Annual report on the lock hospitals of the Madras Presidency
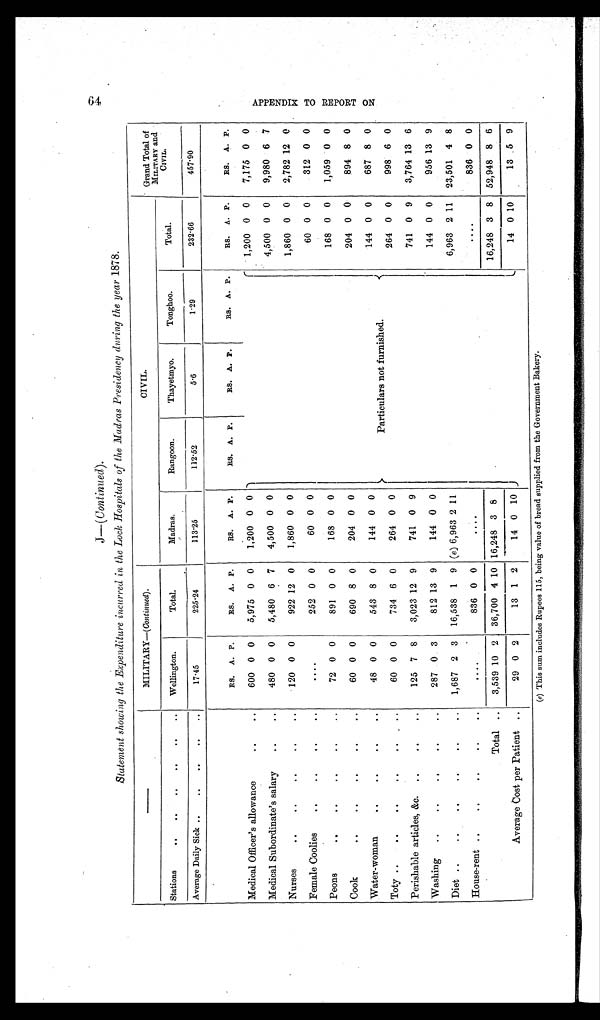
•64
J—( Continued).
Statement showing the Expenditure incurred in the Lock Hospitals of the Madras Presidency during the year 1878.
—
MILITARY—(Continued).
CIVIL.
Grand Total of
MILITARY and
CIVIL.
Stations
..
..
..
..
..
.. Wellington.
Total.
Madras.
Rangoon.
Thayetmyo.
Tonghoo.
Total.
Average Daily Sick ..
..
..
..
..
17.45
225.24
113.25
112.52
5.6
1.29
232.66
457.90
RS. A. P.
RS. A. P.
RS. A. P.
RS. A. P.
RS. A. P.
RS. A. P.
RS. A. P.
RS. A. P.
Medical Officer's allowance
..
..
600 0 0
5,975 0 0
1,200 0 0
Particulars not furnished.
1,200 0 0
7,175 0 0
Medical Subordinate's salary
..
..
480 0 0
5,480 6 7
4,500 0 0
4,500 0 0
9,980 6 7
Nurses
.. .. .. .. ..
120 0 0
922 12 0
1,860 0 0
1,860 0 0
2,782 12 0
Female Coolies
..
..
..
..
. . . .
252 0 0
60 0 0
60 0 0
312 0 0
Peons
..
..
..
..
..
72 0 0
891 0 0
168 0 0
168 0 0
1,059 0 0
Cook
.. .. .. .. ..
60 0 0
690 8 0
204 0 0
204 0 0
894 8 0
Water-woman
..
..
..
..
48 0 0
543 8 0
144 0 0
144 0 0
687 8 0
Toty ..
..
.. .. .. ..
60 0 0
734 6 0
264 0 0
264 0 0
998 6 0
Perishable articles, &c. ..
..
..
125 7 8
3,023 12 9
741 0 9
741 0 9
3,764 13 6
Washing ..
..
..
..
..
287 0 3
812 13 9
144 0 0
144 0 0
956 13 9
Diet ..
..
..
..
..
.. 1,687 2 3 16,538 1 9 (e) 6,963 2 11
6,963 2 11 23,501 4 8
House-rent ..
..
..
..
..
... .
836 0 0
. . . .
....
836 0 0
Total .. 3,539 10 2 36,700 4 10 16,248 3
16,248 3 8 52,948 8 6
Average Cost per Patient ..
29 0 2
13 1 2
14 0 10
14 0 10
13 5 9
(e) This sum includes Rupees 115, being value of bread supplied from the Government Bakery.
A P P E N D I X T O R E P O R T O N